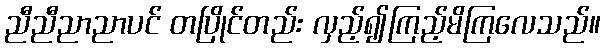
ညီညီညာညာပင် တပြိုင်တည်း လှည့်၍ကြည့်မိကြလေသည်။